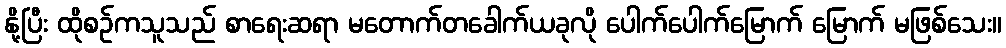
နို့ပြီး ထိုစဉ်ကသူသည် စာရေးဆရာ မတောက်တခေါက်ယခုလို ပေါက်ပေါက်မြောက် မြောက် မဖြစ်သေး။